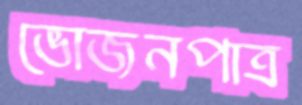
ভোজনপাত্র